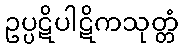
ဥပ္ပဋိပါဋိကသုတ္တံ